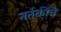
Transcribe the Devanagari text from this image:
नर्तकींचे